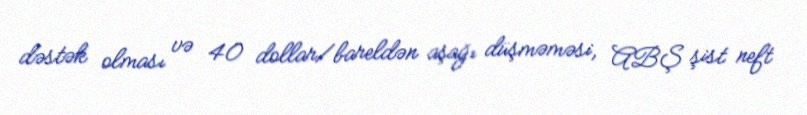
dəstək olması və 40 dollar/bareldən aşağı düşməməsi, ABŞ şist neft